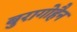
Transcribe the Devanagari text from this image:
बुरागोहैन